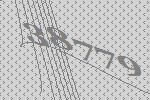
38779